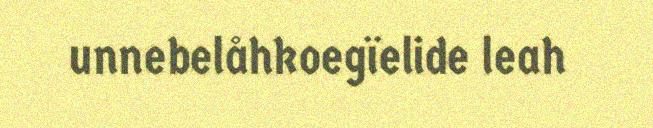
unnebelåhkoegïelide leah